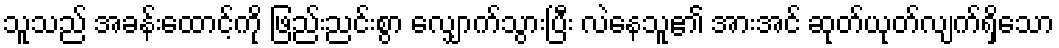
သူသည် အခန်းထောင့်ကို ဖြည်းညင်းစွာ လျှောက်သွားပြီး လဲနေသူ၏ အားအင် ဆုတ်ယုတ်လျက်ရှိသော